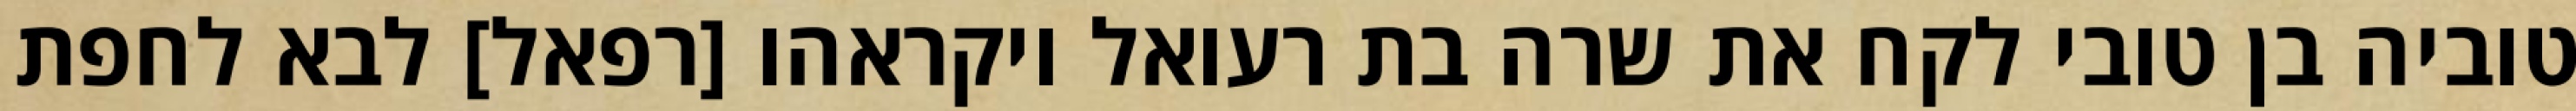
טוביה בן טובי לקח את שרה בת רעואל ויקראהו [רפאל] לבא לחפת